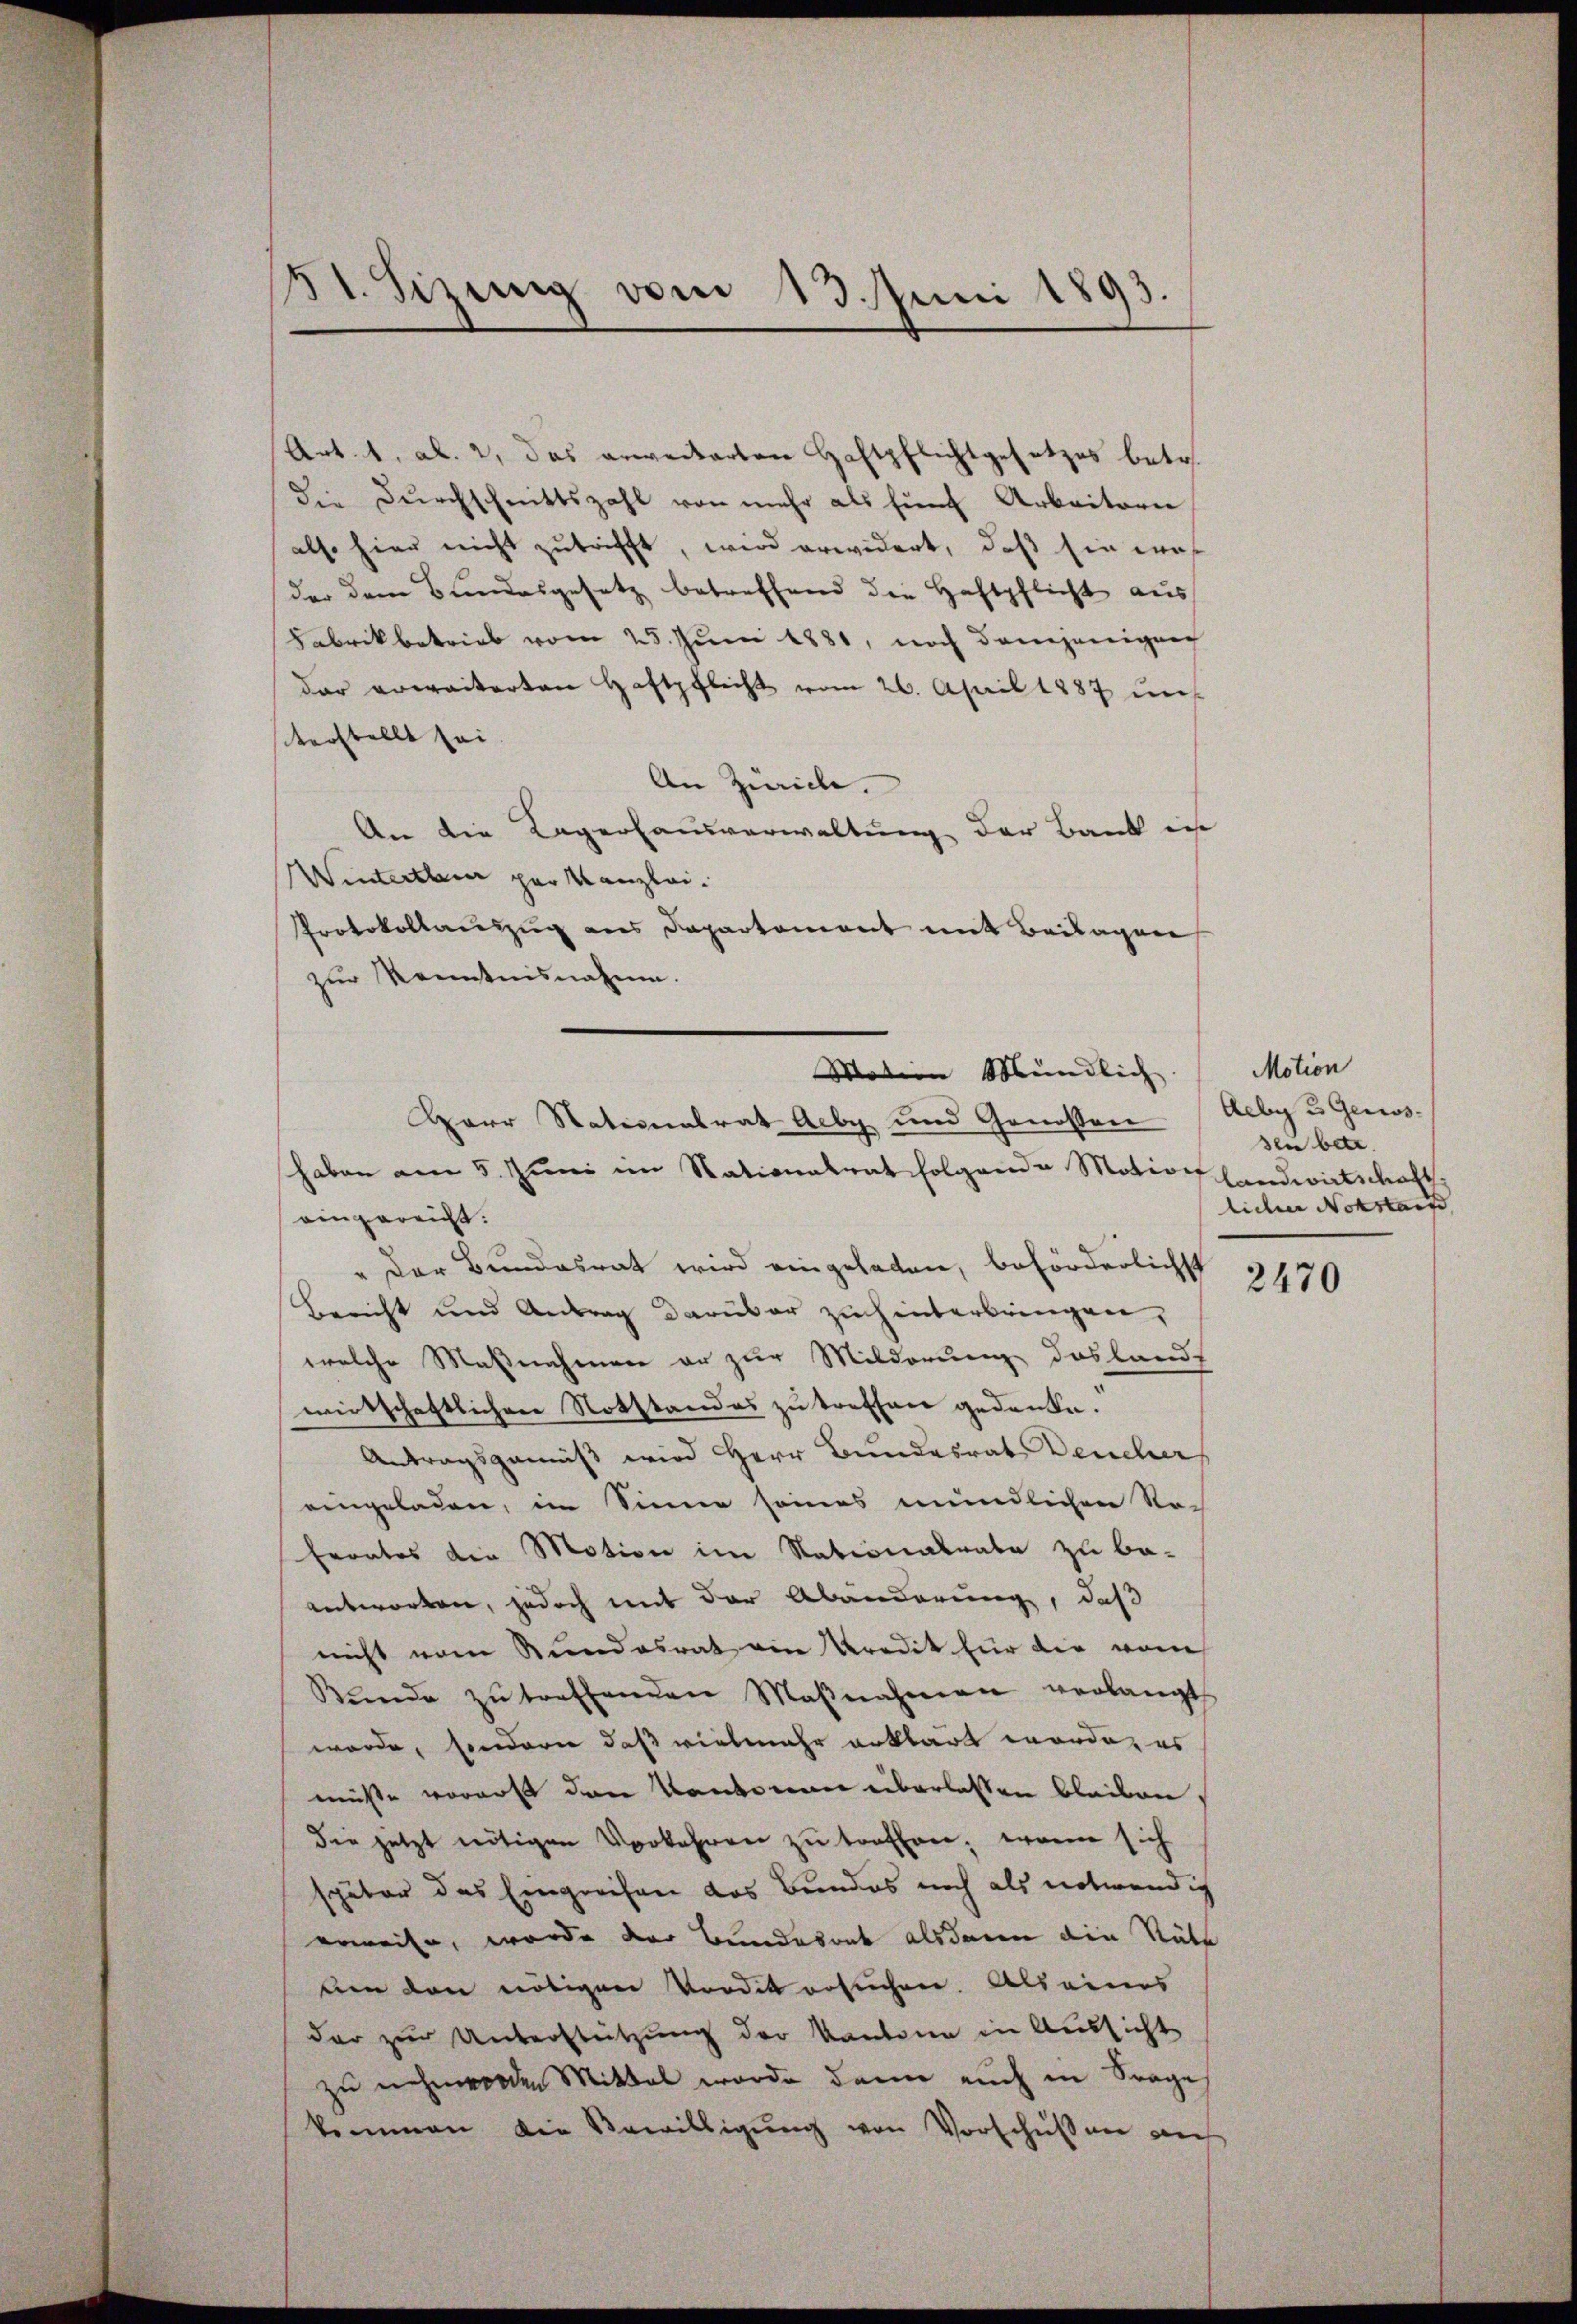
131. Sizung vom 13. Juni 1893.

Art. 1. Al. 2, das erweiterten Haftpflichtgesetzes betr.
die Durchschnittszahl von mehr als fünf Arbeitere
also hier nicht zutrifft, wird erwidert, daß sie wah
der dem Bundesgesetz betreffend die Haftpflicht aus
Fabrikbetrieb vom 25. Juni 1881, noch demjenigen
der erweiterten Haftpflicht vom 26. April 1887 unt
terstellt sei
An Zürich.
An die Lagerhausverwaltung der Bank in
Winterthur par Kanzlei.
Protokollauszug aus Departement mit Beilagen
zur Kenntnisnahme.
Harr Nationalrat Aeby und Genossen
haben am 5. Juni im Stationalrat folgende Motions
eingereicht.
" Der Bundesrat wird eingeladen, beförderlichst
Bericht und Antrag darüber zu hinterbringen,
welche Maßnahmen er zur Milderung das landt
wirtschaftlichen Notstandes zu treffen gedanke.
Antragsgemäß wird Herr Bundesrat Deucher
eingeladen, im Sinne seines mündlichen No-
Errates die Motion im Stationalrate zu be-
entworten, jedoch mit der Abänderung, daß
nicht vom Stundesrat ein Kredit für die vom
Bŭnde zŭ treffenden Maβnahmen verlangt
wurde, sondern daß vielmehr erklärt worde, es
müsse voraus den Kantonen überlassen bleiben.
die jetzt nötigen Vorkehren zu treffen, wenn sich
später das Eingreifen das Bundes noch als notwendig
erweise, wurde der Bundesack alsdann die Räte
uen den nötigen Vordit ersuchen. Alleines
dar zur Unterstützung der Kantone in Aussicht
zu nehmenden Mittel wurde dann auch in Frage
kommen die Bewilligŭng von Vorschüssen auch

Mation Mündlich.

Motion
Aeby 3 Genos-
den betr.
landwirtschaft
licher Notstand,

2470